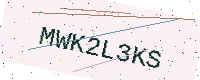
Text: MWK2L3KS